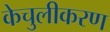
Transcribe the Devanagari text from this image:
केचुलीकरण